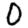
Digit: 0